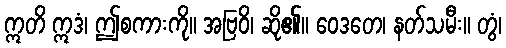
ဣတိ ဣဒံ၊ ဤစကားကို။ အဗြဝိ၊ ဆို၏။ ဝေဒတေ၊ နတ်သမီး။ တွံ၊